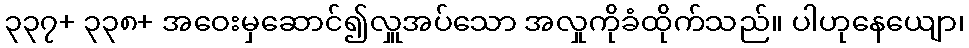
၃၃၇+ ၃၃၈+ အဝေးမှဆောင်၍လှူအပ်သော အလှုကိုခံထိုက်သည်။ ပါဟုနေယျော၊